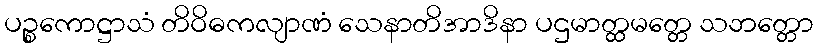
ပဉ္စကောဋ္ဌာသံ တိဝိဓကလျာဏံ သေနာတိအာဒိနာ ပဌမာတ္ထမတ္တေ သဘတ္တော